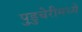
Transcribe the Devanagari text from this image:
पुडुचेरीमध्ये